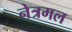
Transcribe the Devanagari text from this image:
नेत्रमल